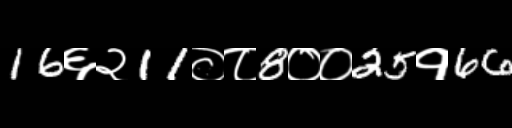
Text: 16६२11०८8००25१66